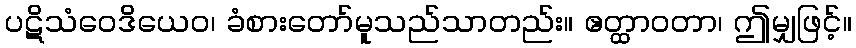
ပဋိသံဝေဒိယေဝ၊ ခံစားတော်မူသည်သာတည်း။ ဧတ္ထာဝတာ၊ ဤမျှဖြင့်။